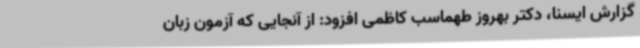
گزارش ایسنا، دکتر بهروز طهماسب کاظمی افزود: از آنجایی که آزمون زبان